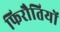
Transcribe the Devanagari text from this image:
फिरौतियों